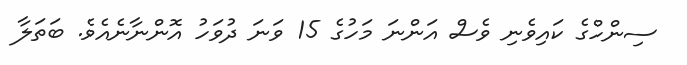
ސިންހްގެ ކައިވެނި ވެސް އަންނަ މަހުގެ 15 ވަނަ ދުވަހު އޮންނާނެއެވެ. ބަތަލާ